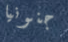
جنونيا